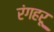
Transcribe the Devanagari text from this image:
रंगहरू